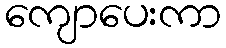
ကျောပေးကာ